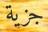
جزية